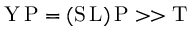
\mathrm { Y } \, \mathrm { P } = ( \mathrm { S } \, \mathrm { L } ) \, \mathrm { P } > > \mathrm { T }